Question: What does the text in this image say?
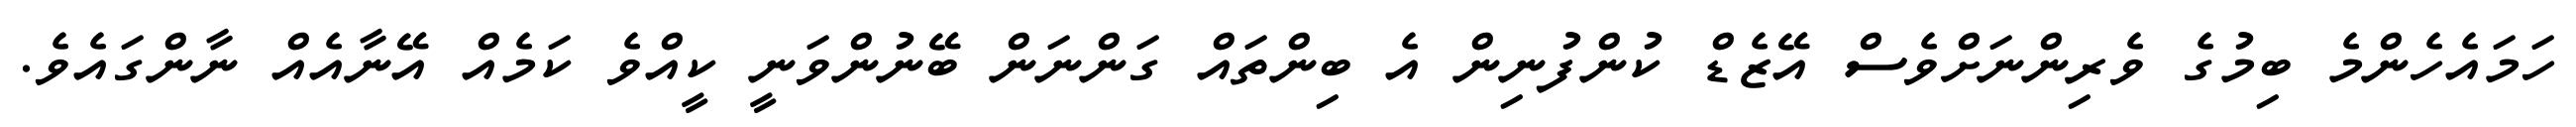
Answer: ހަމައެހެންމެ ބިމުގެ ވެރިންނަށްވެސް އޭޒެޑް ކުންފުނިން އެ ބިންތައް ގަންނަން ބޭނުންވަނީ ކީއްވެ ކަމެއް އޭނާއެއް ނާންގައެވެ.